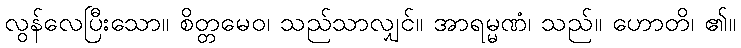
လွန်လေပြီးသော။ စိတ္တမေဝ၊ သည်သာလျှင်။ အာရမ္မဏံ၊ သည်။ ဟောတိ၊ ၏။